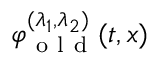
\varphi _ { \mathrm { ~ o ~ l ~ d ~ } } ^ { ( \lambda _ { 1 } , \lambda _ { 2 } ) } ( t , x )